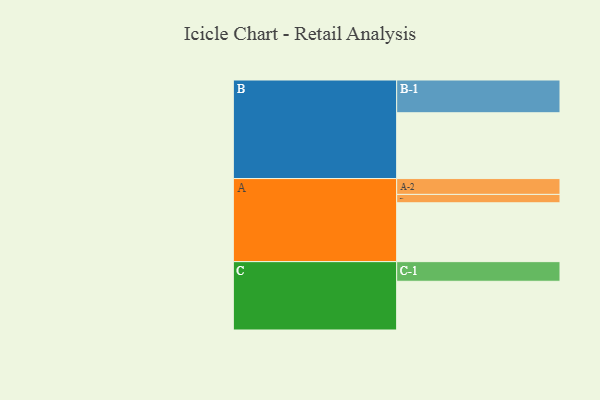
{"axis": {"x": "Segment", "y": "Value"}, "legend": ["", "A", "B", "C"], "data": [{"x": "A", "y": 372, "type": ""}, {"x": "B", "y": 416, "type": ""}, {"x": "C", "y": 308, "type": ""}, {"x": "A-1", "y": 53, "type": "A"}, {"x": "A-2", "y": 100, "type": "A"}, {"x": "B-1", "y": 207, "type": "B"}, {"x": "C-1", "y": 124, "type": "C"}]}